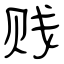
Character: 贱